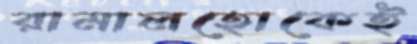
রামালহোকেই